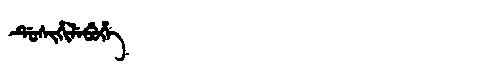
Manchu: ᡩᡠᠰᡳᡥᡳᠯᡝᠪᡠᡥᡝ
Romanization: DUSIHILEBUHE